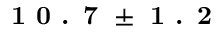
\textbf { 1 0 . 7 } \pm \textbf { 1 . 2 }